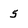
Character: 5